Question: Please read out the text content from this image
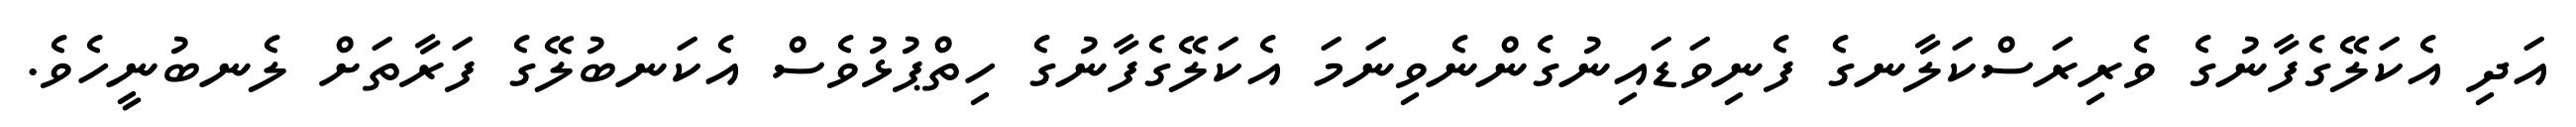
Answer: އަދި އެކަލޭގެފާނުގެ ވެރިރަސްކަލާނގެ ފެނިވަޑައިނުގެންނެވިނަމަ އެކަލޭގެފާނުގެ ހިތްޕުޅުވެސް އެކަނބުލޭގެ ފަރާތަށް ލެނބުނީހެވެ.